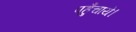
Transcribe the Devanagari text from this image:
पहुँचाये।